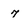
Character: 7